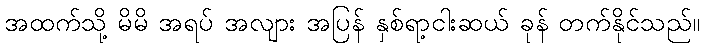
အထက်သို့ မိမိ အရပ် အလျား အပြန် နှစ်ရာ့ငါးဆယ် ခုန် တက်နိုင်သည်။